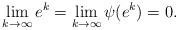
LaTeX: \begin{align*}\lim_{k \to \infty} e^k = \lim_{k \to \infty} \psi(e^k) = 0.\end{align*}